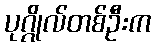
ပုဂ္ဂိုလ်တစ်ဦးက